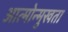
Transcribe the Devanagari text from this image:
आत्मोन्मुखता